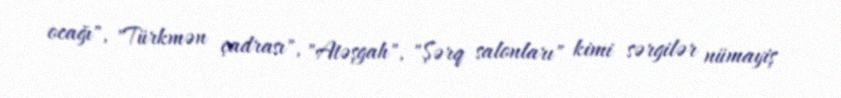
ocağı", "Türkmən çadrası", "Atəşgah", "Şərq salonları" kimi sərgilər nümayiş